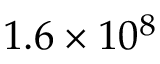
1 . 6 \times 1 0 ^ { 8 }